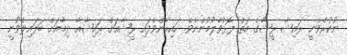
ނުކުރެވެނީ ރައިޝާ ރީޝާގެ އަތް ފޮޅުވާލުމުންނެވެ. ހައިރާންވެފައި ރީޝާއަށް ރައިޝާއާ ދިމާއަށް ބަލައިލެވުނީ